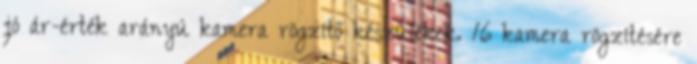
jó ár-érték arányú kamera rögzítő készülékek. 16 kamera rögzítésére